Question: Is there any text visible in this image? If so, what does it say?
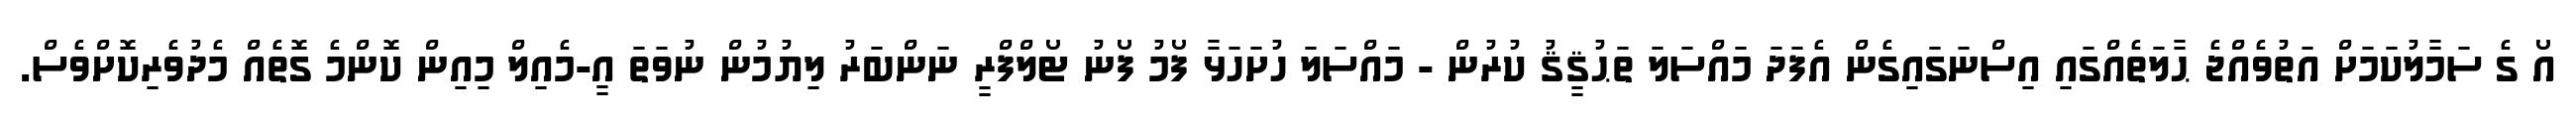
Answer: އޯ ގެ ސަމާލުކަމަށް އަތުވެއްޖެ ޙާލަތެއްގައި އިސްނަގައިގެން އެފަދަ މައްސަލަ ތަޙުޤީޤު ކުރުން - މައްސަލަ ހުށަހަޅާ ފޯމު ފޯނު ޓޯލްފްރީ ނަންބަރު ލިޔުމުން ނުވަތަ އީ-މެއިލް މިއިން ކޮންމެ ގޮތެއް މެދުވެރިކޮށްވެސް.